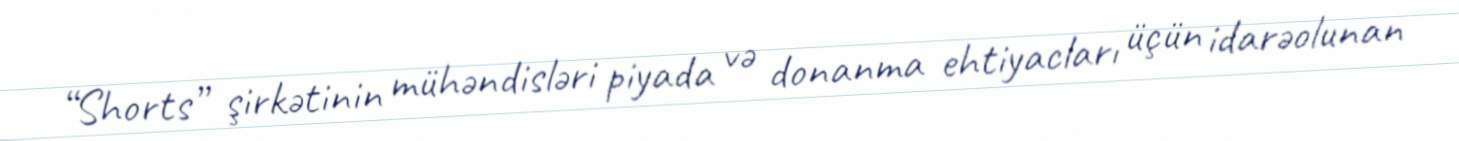
“Shorts” şirkətinin mühəndisləri piyada və donanma ehtiyacları üçün idarəolunan